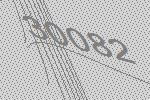
30082